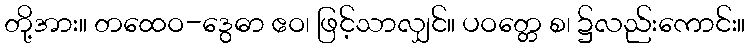
တို့အား။ တထေဝ-ဒွေဓာ ဧဝ၊ ဖြင့်သာလျှင်။ ပဝတ္တေ စ၊ ၌လည်းကောင်း။